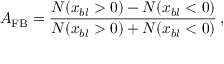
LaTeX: A _ { \mathrm { F B } } = \frac { N ( x _ { b l } > 0 ) - N ( x _ { b l } < 0 ) } { N ( x _ { b l } > 0 ) + N ( x _ { b l } < 0 ) } \, ,